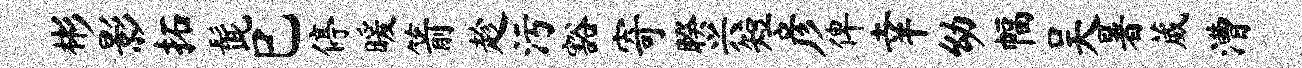
彬影拓髭巳停暖箭趁污豁寄睽兴短彦俾幸幼幅吴暑葳漕